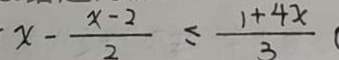
x - \frac { x - 2 } { 2 } \leq \frac { 1 + 4 x } { 3 }